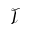
\mathcal { T }